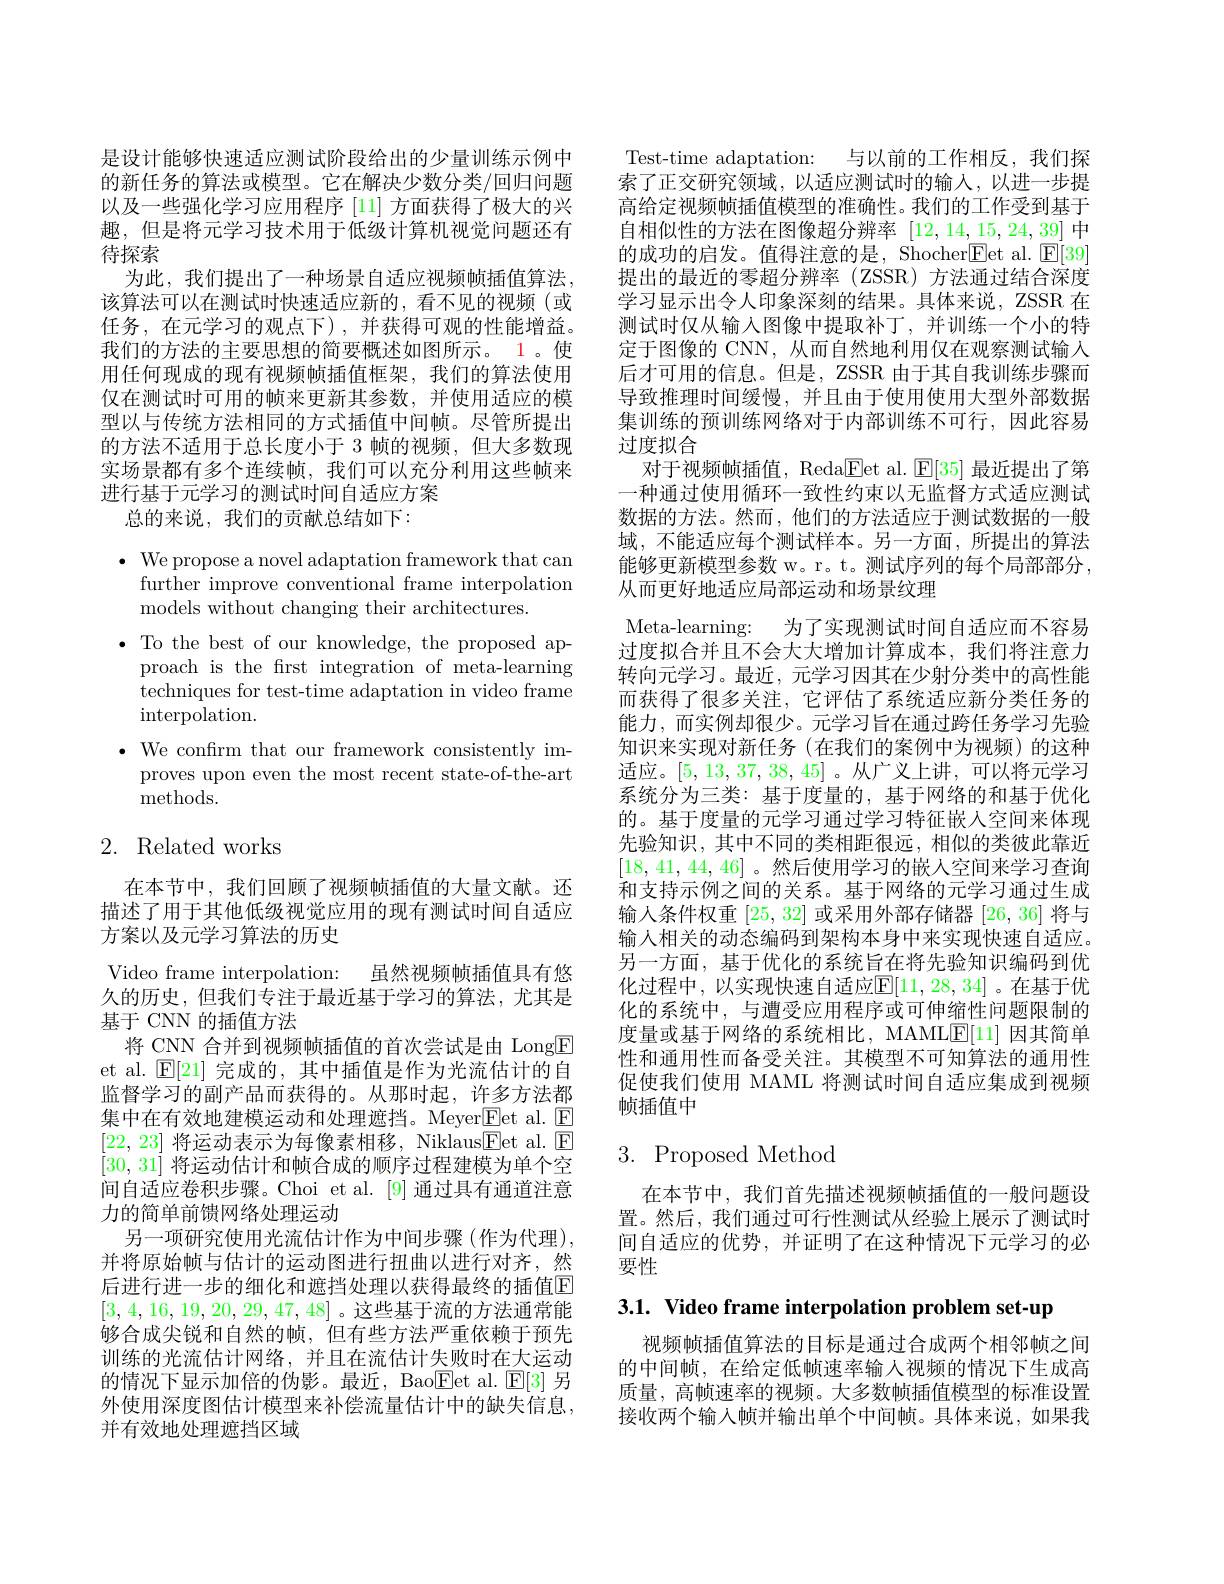
是设计能够快速适应测试阶段给出的少量训练示例中的新任务的算法或模型。它在解决少数分类/回归问题以及一些强化学习应用程序 [11] 方面获得了极大的兴趣，但是将元学习技术用于低级计算机视觉问题还有待探索
为此，我们提出了一种场景自适应视频帧插值算法， 该算法可以在测试时快速适应新的，看不见的视频(或任务，在元学习的观点下),并获得可观的性能增益。我们的方法的主要思想的简要概述如图所示。1 。使用任何现成的现有视频帧插值框架，我们的算法使用仅在测试时可用的帧来更新其参数，并使用适应的模型以与传统方法相同的方式插值中间帧。尽管所提出的方法不适用于总长度小于 3 帧的视频，但大多数现实场景都有多个连续帧，我们可以充分利用这些帧来进行基于元学习的测试时间自适应方案
总的来说，我们的贡献总结如下：

$\bullet$ We propose a novel adaptation framework that can
further improve conventional frame interpolation
models without changing their architectures.
$\bullet$ To the best of our knowledge, the proposed ap-
proach is the frst integration of meta-learning techniques for test-time adaptation in video frame $\operatorname{interpolation}.$
$\bullet$ We confrm that our framework consistently im-
proves upon even the most recent state-of-the-art
methods.

# 2. Related works

在本节中，我们回顾了视频帧插值的大量文献。还描述了用于其他低级视觉应用的现有测试时间自适应方案以及元学习算法的历史
Video frame interpolation: 虽然视频帧插值具有悠久的历史，但我们专注于最近基于学习的算法，尤其是基于 CNN 的插值方法
将 CNN 合并到视频帧插值的首次尝试是由 Long$\boxed{\mathrm{F}}$ et al. $\mathbb{E}[21]$完成的，其中插值是作为光流估计的自监督学习的副产品而获得的。从那时起，许多方法都集中在有效地建模运动和处理遮挡。Meyer$\boxed{\mathrm{E}}$et al. $\boxed{\mathrm{E}}$ [22, 23]将运动表示为每像素相移，Niklaus$\boxed{\mathrm{E}}$et al. $\boxed{\mathrm{E}}$ [30,31]将运动估计和帧合成的顺序过程建模为单个空间自适应卷积步骤。Choi et al.[9] 通过具有通道注意力的简单前馈网络处理运动
另一项研究使用光流估计作为中间步骤(作为代理), 并将原始帧与估计的运动图进行扭曲以进行对齐，然后进行进一步的细化和遮挡处理以获得最终的插值E [3,4,16,19,20,29,47,48]。这些基于流的方法通常能够合成尖锐和自然的帧，但有些方法严重依赖于预先训练的光流估计网络，并且在流估计失败时在大运动的情况下显示加倍的伪影。最近，Bao$\boxed{\mathrm{Fet~al. ~}}\mathbb{E} [ 3]$另外使用深度图估计模型来补偿流量估计中的缺失信息， 并有效地处理遮挡区域

Test-time adaptation: 与以前的工作相反，我们探索了正交研究领域，以适应测试时的输入，以进一步提高给定视频帧插值模型的准确性。我们的工作受到基于自相似性的方法在图像超分辨率[12,14,15,24,39]中的成功的启发。值得注意的是，Shocher$\underline{\mathrm{Eet~al.~}}\underline{{\mathrm{E}}}[39]$ 提出的最近的零超分辨率(ZSSR)方法通过结合深度学习显示出令人印象深刻的结果。具体来说，ZSSR 在测试时仅从输入图像中提取补丁，并训练一个小的特定于图像的 CNN, 从而自然地利用仅在观察测试输入后才可用的信息。但是，ZSSR 由于其自我训练步骤而导致推理时间缓慢，并且由于使用使用大型外部数据集训练的预训练网络对于内部训练不可行，因此容易过度拟合
对于视频帧插值，Reda$\boxed{\mathrm{F}}$et al. $\boxed{\mathrm{E}}[35]$最近提出了第一种通过使用循环一致性约束以无监督方式适应测试数据的方法。然而，他们的方法适应于测试数据的一般域，不能适应每个测试样本。另一方面，所提出的算法能够更新模型参数 w。r。t。测试序列的每个局部部分， 从而更好地适应局部运动和场景纹理
Meta-learning: 为了实现测试时间自适应而不容易过度拟合并且不会大大增加计算成本，我们将注意力转向元学习。最近，元学习因其在少射分类中的高性能而获得了很多关注，它评估了系统适应新分类任务的能力，而实例却很少。元学习旨在通过跨任务学习先验知识来实现对新任务(在我们的案例中为视频)的这种适应。[5,13,37,38,45]。从广义上讲，可以将元学习系统分为三类：基于度量的，基于网络的和基于优化的。基于度量的元学习通过学习特征嵌人空间来体现先验知识，其中不同的类相距很远，相似的类彼此靠近[18, 41, 44, 46] 。然后使用学习的嵌人空间来学习查询和支持示例之间的关系。基于网络的元学习通过生成输入条件权重[25,32]或采用外部存储器[26,36]将与输入相关的动态编码到架构本身中来实现快速自适应。另一方面，基于优化的系统旨在将先验知识编码到优化过程中，以实现快速自适应$\mathbb{E}[11,28,34]$。在基于优化的系统中，与遭受应用程序或可伸缩性问题限制的度量或基于网络的系统相比，MAMLE[11] 因其简单性和通用性而备受关注。其模型不可知算法的通用性促使我们使用 MAML 将测试时间自适应集成到视频帧插值中

# 3. Proposed Method

在本节中，我们首先描述视频帧插值的一般问题设置。然后，我们通过可行性测试从经验上展示了测试时间自适应的优势，并证明了在这种情况下元学习的必要性

3.1. Video frame interpolation problem set-up

视频帧插值算法的目标是通过合成两个相邻帧之间的中间帧，在给定低帧速率输入视频的情况下生成高质量，高帧速率的视频。大多数帧插值模型的标准设置接收两个输入帧并输出单个中间帧。具体来说，如果我